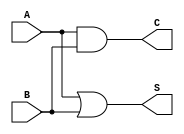
module threshold_half_adder (
    input wire A,      // First binary input
    input wire B,      // Second binary input
    output wire S,     // Sum output
    output wire C      // Carry output
);

// Assign the outputs based on the threshold logic conditions
assign S = A | B;  // Sum is 1 if either A or B is 1
assign C = A & B;  // Carry is 1 if both A and B are 1

endmodule